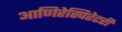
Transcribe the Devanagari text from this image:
आणिरेस्पिरेटरी